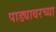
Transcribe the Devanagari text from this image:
पाड्यावरच्या